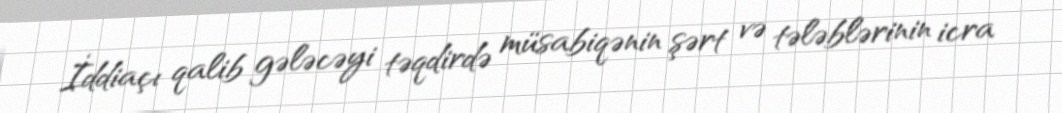
İddiaçı qalib gələcəyi təqdirdə müsabiqənin şərt və tələblərinin icra